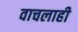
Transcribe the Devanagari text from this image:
वाचलाही